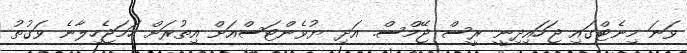
ވަނަ މިނެޓްގައި ޖަހައިދިނީ ރީސް ޖޭމްސް. އަދި ޔުވެންޓަސްއަށް އިތުރަށް ހަމަޖެހިލާނެ ވަގުތު